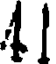
41